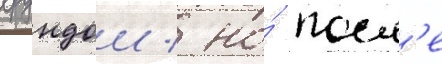
ерундои / но́ посл'е